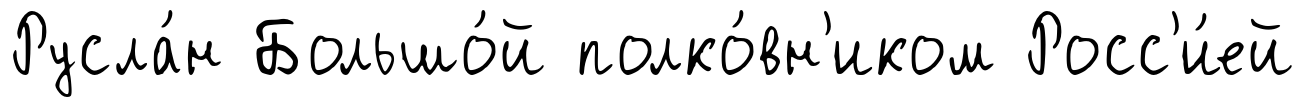
Русла́н Большо́й полко́вн'иком Росс'и́ей